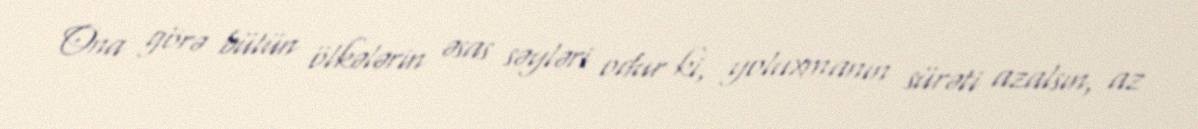
Ona görə bütün ölkələrin əsas səyləri odur ki, yoluxmanın sürəti azalsın, az